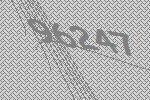
96247